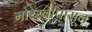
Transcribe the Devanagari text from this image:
मोरेस्बीपासून